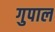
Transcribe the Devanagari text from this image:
गुपाल